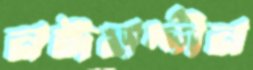
নঈমদ্দীন